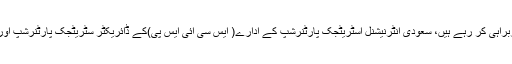
ذرائع نے بتایا کہ وزرات پاور، انڈسٹری اور منرل کے مشیر احمد حمید الغامدی اعلی سعودی وفدکی سربراہی کر رہے ہیں، سعودی انٹرنیشنل اسٹریٹجک پارٹنرشپ کے ادارے( ایس سی آئی ایس پی)کے ڈائریکٹر سٹریٹجک پارٹنرشپ اور بزنس ڈیولپمنٹ زاریا قربان بیش اور سعودی تیل کمپنی آرامکو کے حکام بھی اس وفد کا حصہ ہونگے۔